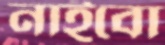
নাইবো